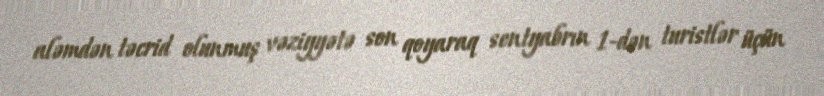
aləmdən təcrid olunmuş vəziyyətə son qoyaraq sentyabrın 1-dən turistlər üçün